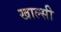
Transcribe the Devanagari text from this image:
खाल्सी